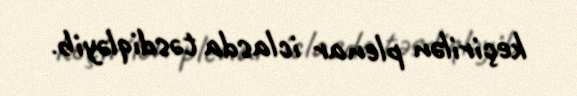
keçirilən plenar iclasda təsdiqləyib.